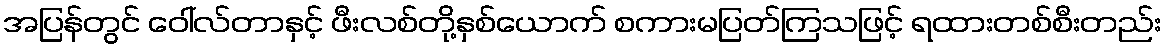
အပြန်တွင် ဝေါ်လ်တာနှင့် ဖီးလစ်တို့နှစ်ယောက် စကားမပြတ်ကြသဖြင့် ရထားတစ်စီးတည်း